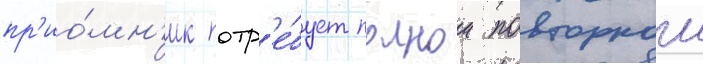
пр'ио́мн'ик потр'е́бует полнои повторнои